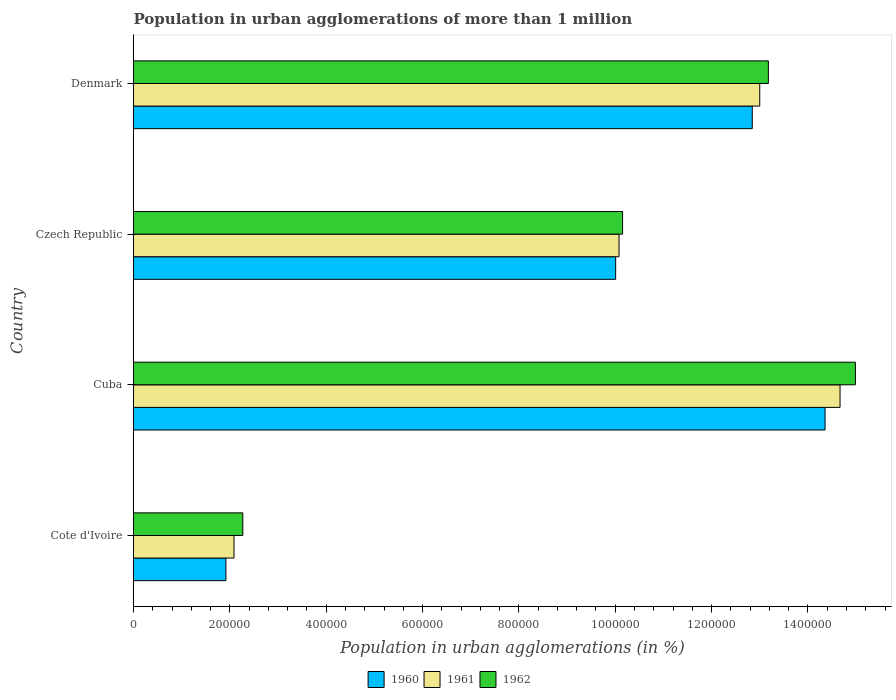
| Country | 1960 | 1961 | 1962 |
 | --- | --- | --- | --- |
 | Cote d'Ivoire | 1.92e+05 | 2.09e+05 | 2.27e+05 |
 | Cuba | 1.44e+06 | 1.47e+06 | 1.5e+06 |
 | Czech Republic | 1e+06 | 1.01e+06 | 1.02e+06 |
 | Denmark | 1.28e+06 | 1.3e+06 | 1.32e+06 |